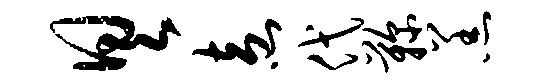
具盍代鞠羔